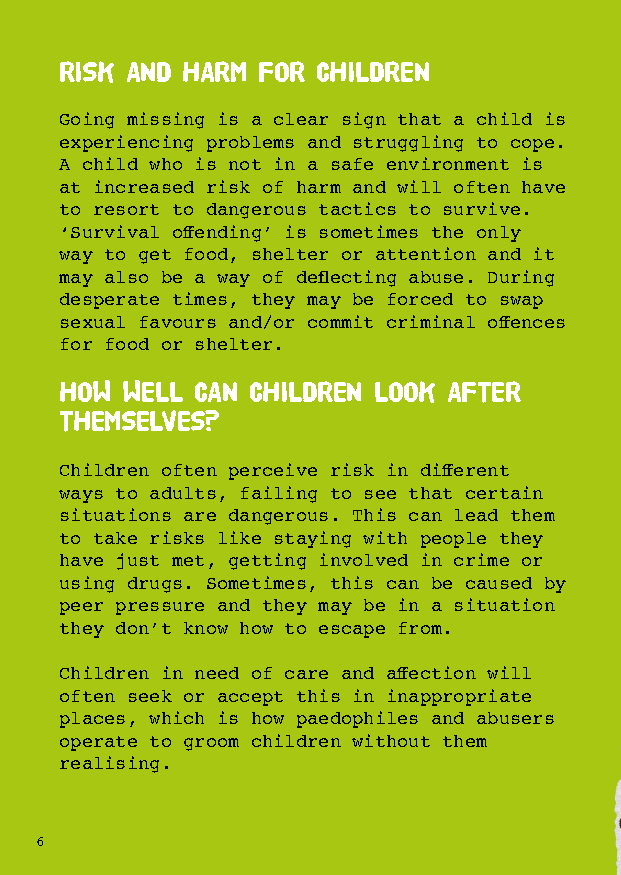
RISK AND HARM FOR CHILDREN
 Going missing is a clear sign that a child is
 experiencing problems and struggling to cope.
 A child who is not in a safe environment is
 at increased risk of harm and will often have
 to resort to dangerous tactics to survive.
 ‘Survival offending’ is sometimes the only
 way to get food, shelter or attention and it
 may also be a way of deflecting abuse. During
 desperate times, they may be forced to swap
 sexual favours and/or commit criminal offences
 for food or shelter.
 HOW WELL CAN CHILDREN LOOK AFTER
 THEMSELVES?
 Children often perceive risk in different
 ways to adults, failing to see that certain
 situations are dangerous. This can lead them
 to take risks like staying with people they
 have just met, getting involved in crime or
 using drugs. Sometimes, this can be caused by
 peer pressure and they may be in a situation
 they don’t know how to escape from.
 Children in need of care and affection will
 often seek or accept this in inappropriate
 places, which is how paedophiles and abusers
 operate to groom children without them
 realising.
 6